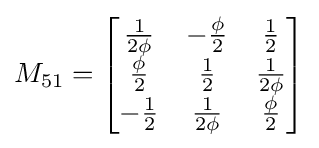
M_{51}={\begin{bmatrix}{\frac {1}{2\phi }}&-{\frac {\phi }{2}}&{\frac {1}{2}}\\{\frac {\phi }{2}}&{\frac {1}{2}}&{\frac {1}{2\phi }}\\-{\frac {1}{2}}&{\frac {1}{2\phi }}&{\frac {\phi }{2}}\end{bmatrix}}